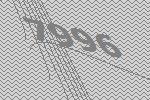
7996